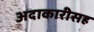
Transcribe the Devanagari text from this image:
अदाकारीसह